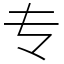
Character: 专